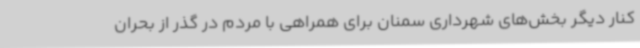
کنار دیگر بخش‌های شهرداری سمنان برای همراهی با مردم در گذر از بحران